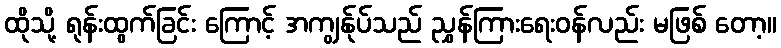
ထိုသို့ ရုန်းထွက်ခြင်း ကြောင့် အကျွန်ုပ်သည် ညွှန်ကြားရေးဝန်လည်း မဖြစ် တော့။